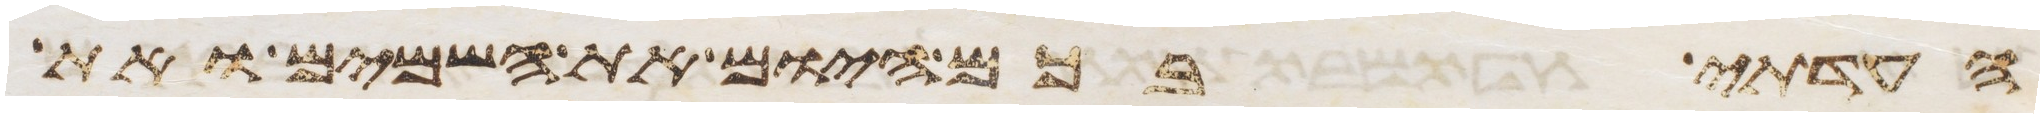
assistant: העדתי בכם היום את השמים ואת